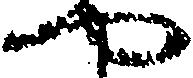
や